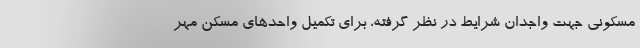
مسکونی جهت واجدان شرایط در نظر گرفته، برای تکمیل واحدهای مسکن مهر